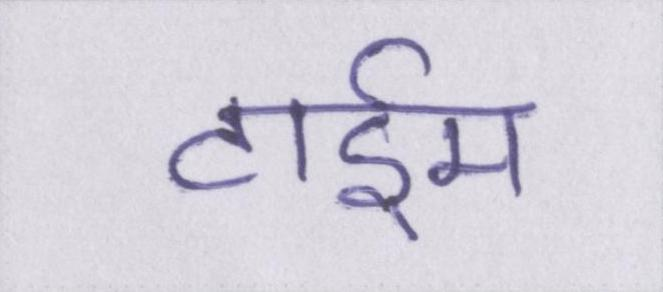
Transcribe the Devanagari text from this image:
टाईम